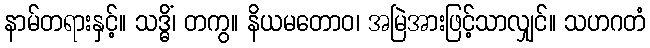
နာမ်တရားနှင့်။ သဒ္ဓိံ၊ တကွ။ နိယမတောဝ၊ အမြဲအားဖြင့်သာလျှင်။ သဟဂတံ